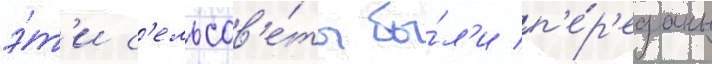
э́т'и с'ельсов'е́ты бы́л'и п'е́р'еданы